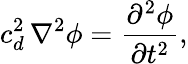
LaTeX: c_{d}^{2}\, \nabla^{2}\phi=\frac{\partial^{2}\phi}{\partial t^{2}},